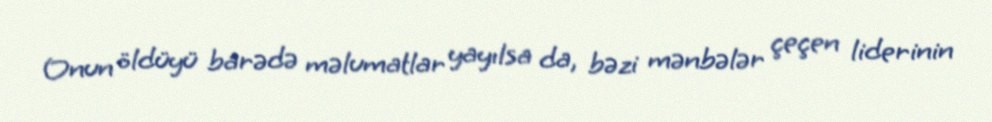
Onun öldüyü barədə məlumatlar yayılsa da, bəzi mənbələr çeçen liderinin